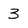
Character: 3